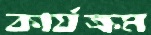
কার্যক্রম